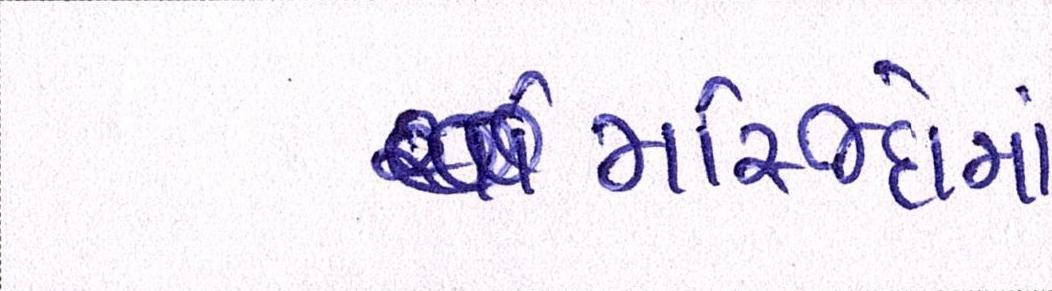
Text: મસ્જિદોમાં